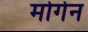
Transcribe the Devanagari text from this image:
मोर्गेन